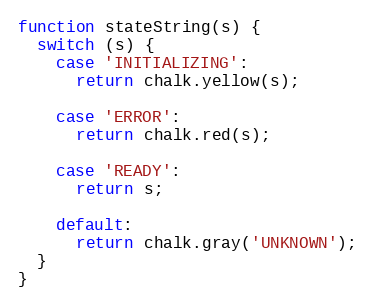
Language: JavaScript
function stateString(s) {
  switch (s) {
    case 'INITIALIZING':
      return chalk.yellow(s);

    case 'ERROR':
      return chalk.red(s);

    case 'READY':
      return s;

    default:
      return chalk.gray('UNKNOWN');
  }
}